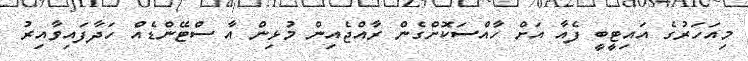
މިއަހަރުގެ އައިޓީބީ ފެއާ އަށް ހާއްސަކޮށްގެން ރާއްޖެއިން މުޅިން އާ ސްޓޭންޑެއް ހަދާފައިވާއިރު